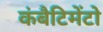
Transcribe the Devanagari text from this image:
कंबैटिमेंटो